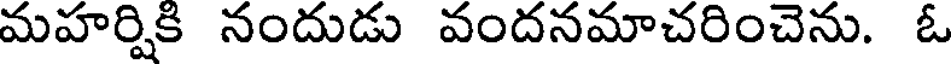
మహర్షికి నందుడు వందనమాచరించెను. ఓ